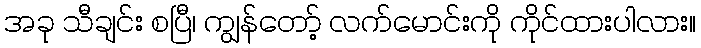
အခု သီချင်း စပြီ၊ ကျွန်တော့် လက်မောင်းကို ကိုင်ထားပါလား။